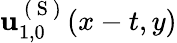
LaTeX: \mathbf{u}_{1,0}^{\mathrm{~(~S~)~}}(x-t,y)